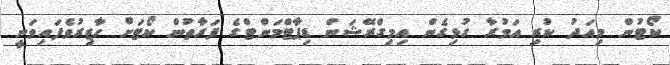
ކޯޓުން މިއަދު ކުރި އަމުރާ ގުޅިގެން އިމިގްރޭޝަން ޑިޕާޓްމަންޓްގެ ފަރާތުން ކޯޓަށް ހާޒިރުވެފައިވަނީ